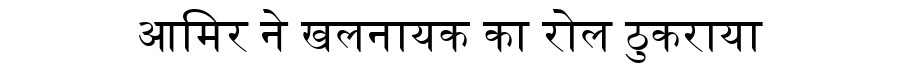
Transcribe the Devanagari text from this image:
आमिर ने खलनायक का रोल ठुकराया